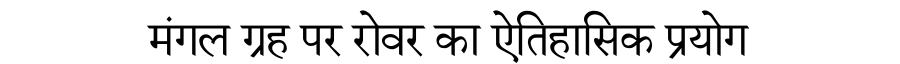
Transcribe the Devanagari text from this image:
मंगल ग्रह पर रोवर का ऐतिहासिक प्रयोग